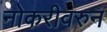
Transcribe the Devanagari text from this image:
नोकरीवरुन